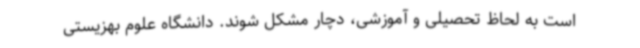
است به لحاظ تحصیلی و آموزشی، دچار مشکل شوند. دانشگاه علوم بهزیستی